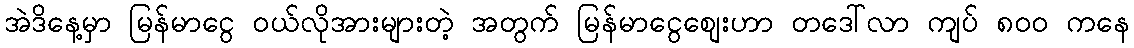
အဲဒိနေ့မှာ မြန်မာငွေ ဝယ်လိုအားများတဲ့ အတွက် မြန်မာငွေစျေးဟာ တဒေါ်လာ ကျပ် ၈၀၀ ကနေ